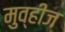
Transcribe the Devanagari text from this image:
मुव्हीज